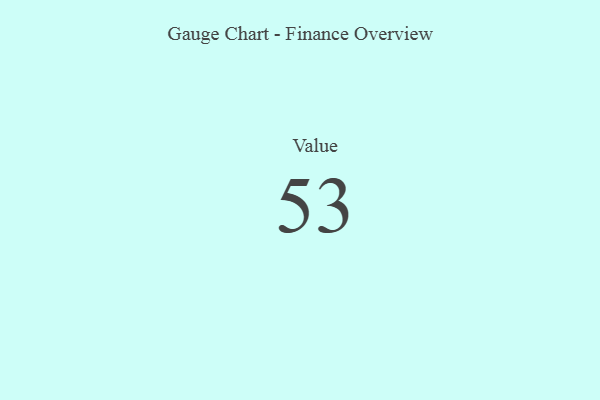
{"axis": {"x": "Metric", "y": "Value"}, "legend": [""], "data": [{"x": "Value", "y": 53, "type": ""}]}